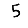
Digit: 5